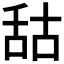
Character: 𦧒